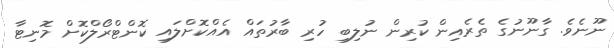
ނޫނެވެ. ގާނޫނުގެ ތެރެއިން ކުރިން ނުލިބި ހުރި ބާރުތައް އެއްކޮށްލައި ކޮންޓްރޯލްކޮށް މޮނިޓާ